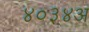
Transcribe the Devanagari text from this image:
४०३४अ